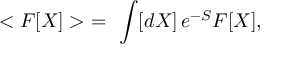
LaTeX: < { \cal F } [ X ] > \ = \ \int [ d X ] \, e ^ { - S } { \cal F } [ X ] ,